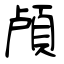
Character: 頕